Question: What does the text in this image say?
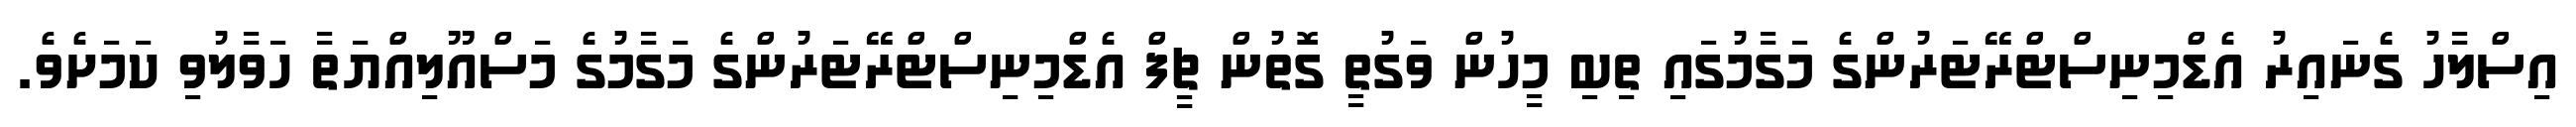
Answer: އިސްލާހު ގެނައިރު އެޑްމިނިސްޓްރޭޓަރުންގެ މަގާމުގައި ތިބި މީހުން ވަގުތީ ގޮތުން ޗީފް އެޑްމިނިސްޓްރޭޓަރުންގެ މަގާމުގެ މަސްއޫލިއްޔަތާ ހަވާލުވި ކަމަށެވެ.